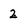
Character: 2